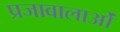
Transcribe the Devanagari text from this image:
प्रजावालाओं